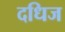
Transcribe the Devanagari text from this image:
दधिज